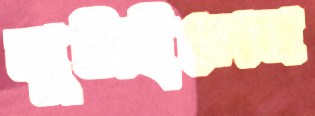
লুটাইলেন